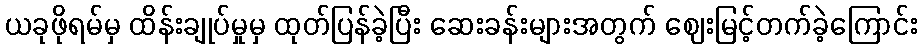
ယခုဖိုရမ်မှ ထိန်းချုပ်မှုမှ ထုတ်ပြန်ခဲ့ပြီး ဆေးခန်းများအတွက် ဈေးမြင့်တက်ခဲ့ကြောင်း